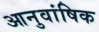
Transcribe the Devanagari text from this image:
आनुवांषिक